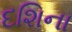
દશિના